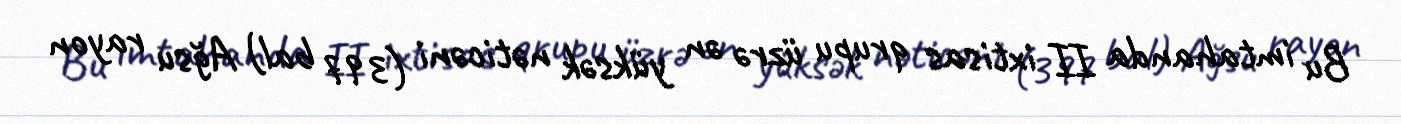
Bu imtahanda II ixtisas qrupu üzrə ən yüksək nəticəni (397 bal) Ağsu rayon